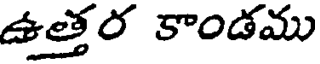
ఉత్తర కాండము